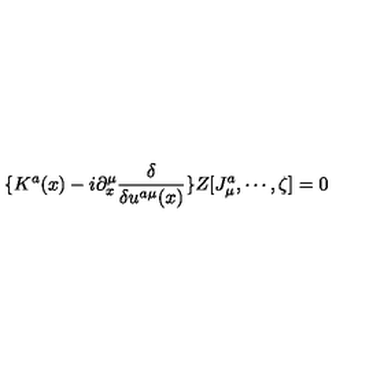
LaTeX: \{ K ^ { a } ( x ) - i \partial _ { x } ^ { \mu } \frac \delta { \delta u ^ { a \mu } ( x ) } \} Z [ J _ { \mu } ^ { a } , \cdots , \zeta ] = 0